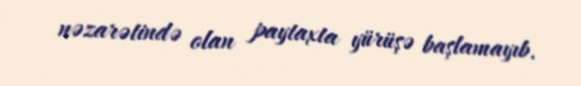
nəzarətində olan paytaxta yürüşə başlamayıb.